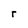
Character: r